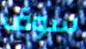
سوف